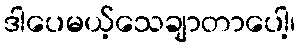
ဒါပေမယ့်သေချာတာပေါ့၊